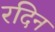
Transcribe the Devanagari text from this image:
रदिन